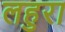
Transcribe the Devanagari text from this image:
लहुरा